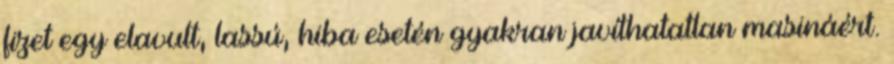
fizet egy elavult, lassú, hiba esetén gyakran javíthatatlan masináért.